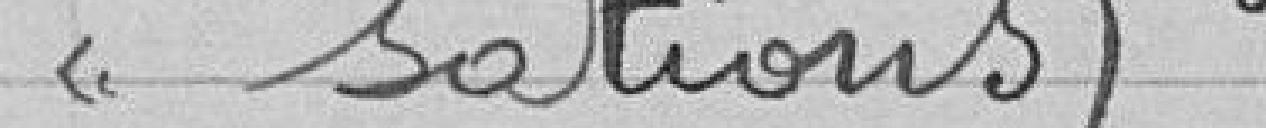
<< sations)